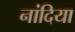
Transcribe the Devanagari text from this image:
नांदिया